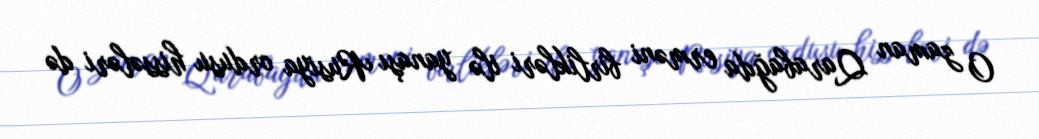
O zaman Qarabağda erməni birlikləri ilə yanaşı Rusiya ordusu hissələri də